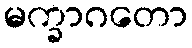
မက္ခာဂတော